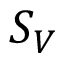
S _ { V }